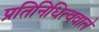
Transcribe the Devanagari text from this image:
प्रतिनिधित्ववाले